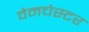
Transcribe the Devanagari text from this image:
वेनचेस्टर